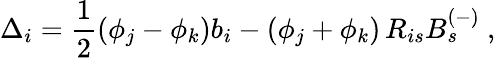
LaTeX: \Delta_{i}=\frac{1}{2}(\phi_{j}-\phi_{k})b_{i}-(\phi_{j}+\phi_{k})\, R_{is}B_{s}^{(-)}~,